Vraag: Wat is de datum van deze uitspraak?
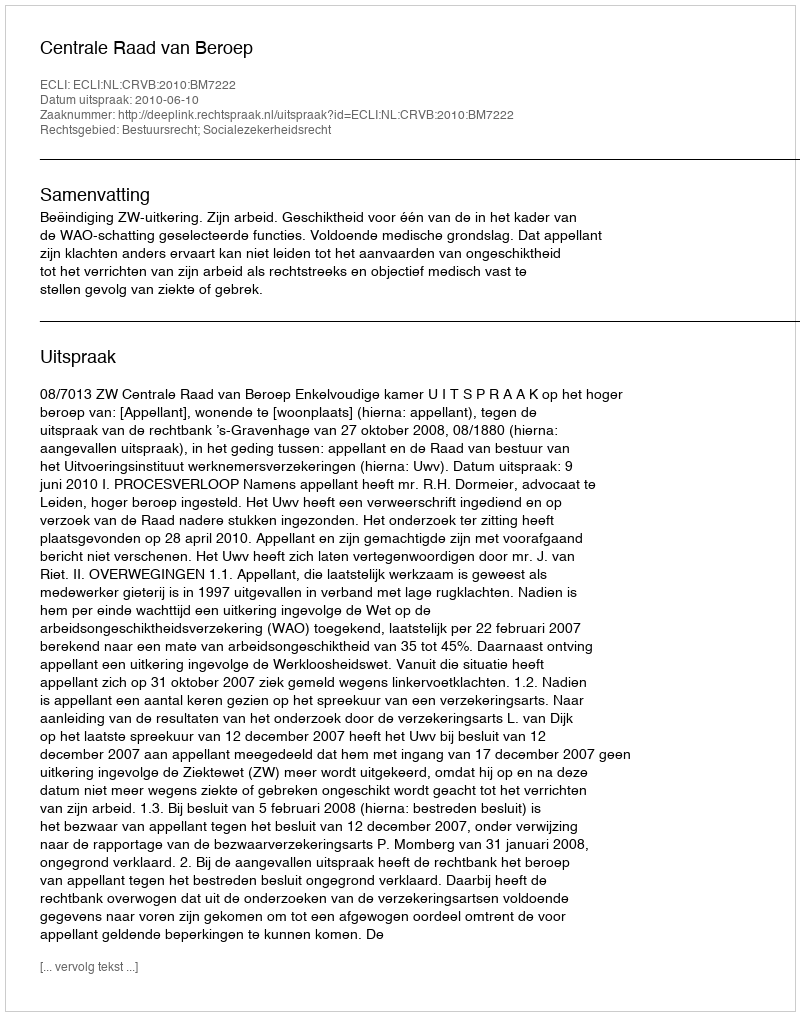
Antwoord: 2010-06-10